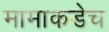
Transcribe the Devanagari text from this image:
मामाकडेच